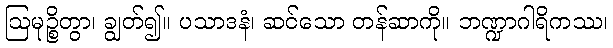
ဩမုဉ္စိတွာ၊ ချွတ်၍။ ပသာဒနံ၊ ဆင်သော တန်ဆာကို။ ဘဏ္ဍာဂါရိကဿ၊